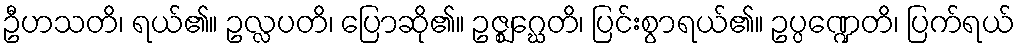
ဦဟသတိ၊ ရယ်၏။ ဥလ္လပတိ၊ ပြောဆို၏။ ဥဇ္ဈဂ္ဃေတိ၊ ပြင်းစွာရယ်၏။ ဥပ္ပဏ္ဍေတိ၊ ပြက်ရယ်